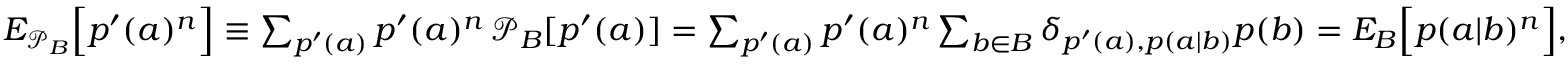
\begin{array} { r } { { E } _ { \mathcal { P } _ { B } } \Big [ p ^ { \prime } ( a ) ^ { n } \Big ] \equiv \sum _ { p ^ { \prime } ( a ) } p ^ { \prime } ( a ) ^ { n } \, \mathcal { P } _ { B } [ p ^ { \prime } ( a ) ] = \sum _ { p ^ { \prime } ( a ) } p ^ { \prime } ( a ) ^ { n } \sum _ { b \in B } \delta _ { p ^ { \prime } ( a ) , p ( a | b ) } p ( b ) = { E } _ { B } \Big [ p ( a | b ) ^ { n } \Big ] , } \end{array}